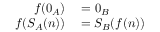
\begin{array} { r l } { f ( 0 _ { A } ) } & { { } = 0 _ { B } } \\ { f ( S _ { A } ( n ) ) } & { { } = S _ { B } ( f ( n ) ) } \end{array}